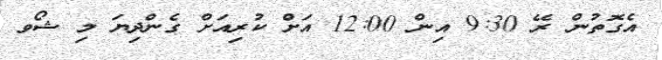
އެގޮތުން ރޭ 9:30 އިން 12:00 އަށް ކުރިއަށް ގެންދިޔަ މި ޝޯވ